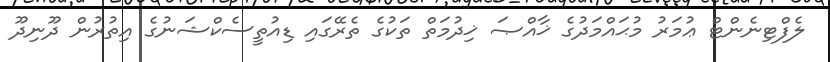
ލެފްޓިނެންޓް ޢުމަރު މުޙައްމަދުގެ ޚާއްޞަ ޚިދުމަތް ތަކުގެ ތެރޭގައި ޑިއުތީސެކްޝަނުގެ އިތުރުން ދޫނިދޫ